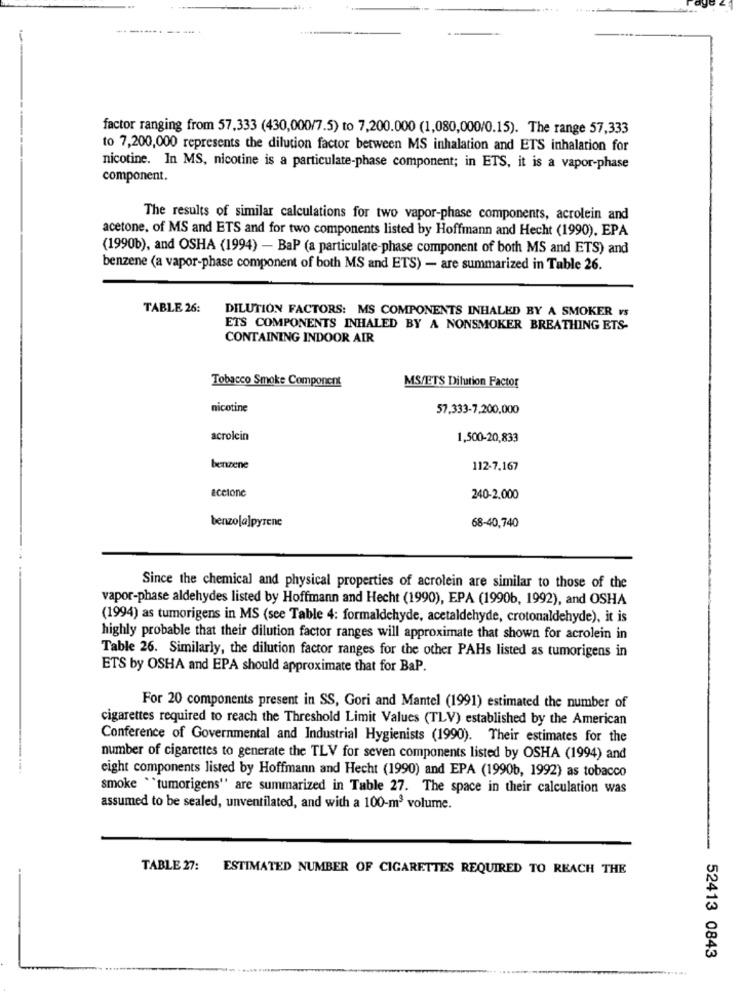
------- ---- .
factor ranging from 57,333 (430,000/7.5) to 7,200.000 (1,080,000/0.15). The range 57,333
to 7,200,000 represents the dilution factor between MS inhalation and ETS inhalation for
nicotine. In MS, nicotine is a particulate-phase component; in ETS, it is a vapor-phase
component.
The results of similar calculations for two vapor-phase components, acrolein and
acetone. of MS and ETS and for two components listed by Hoffmann and Hecht (1990). EPA
(1990b), and OSHA (1994) - BaP (a particulate-phase component of both MS and ETS) and
benzene (a vapor-phase component of both MS and ETS) - are summarized in Table 26.
TABLE 26:
DILUTION FACTORS: MS COMPONENTS INHALED BY A SMOKER vs
ETS COMPONENTS INHALED BY A NONSMOKER BREATHING ETS-
CONTAINING INDOOR AIR
Tobacco Smoke Component
MS/ETS Dilution Factor
nicotine
57,333-7,200,000
acrolein
1,500-20,833
benzene
112-7,167
acetone
240-2,000
benzola]pyrene
68-40,740
Since the chemical and physical properties of acrolein are similar to those of the
vapor-phase aldehydes listed by Hoffmann and Hecht (1990), EPA (19906, 1992), and OSHA
(1994) as tumorigens in MS (see Table 4: formaldehyde, acetaldehyde, crotonaldehyde), it is
highly probable that their dilution factor ranges will approximate that shown for acrolein in
Table 26. Similarly, the dilution factor ranges for the other PAHs listed as tumorigens in
ETS by OSHA and EPA should approximate that for BaP.
For 20 components present in SS, Gori and Mantel (1991) estimated the number of
cigarettes required to reach the Threshold Limit Values (TLV) established by the American
Conference of Governmental and Industrial Hygienists (1990). Their estimates for the
number of cigarettes to generate the TLV for seven components listed by OSHA (1994) and
eight components listed by Hoffmann and Hecht (1990) and EPA (1990b, 1992) as tobacco
smoke "tumorigens" are summarized in Table 27. The space in their calculation was
assumed to be sealed, unventilated, and with a 100-m3 volume.
TABLE 27:
ESTIMATED NUMBER OF CIGARETTES REQUIRED TO REACH THE
52413 0843